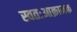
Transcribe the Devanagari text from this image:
स्वतःआक्रामक